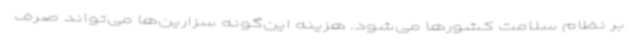
بر نظام سلامت کشورها می‌شود. هزینه این‌گونه سزارین‌ها می‌تواند صرف